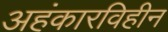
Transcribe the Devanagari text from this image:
अहंकारविहीन